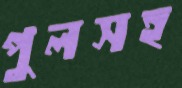
পুলসহ